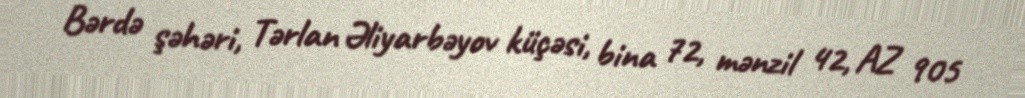
Bərdə şəhəri, Tərlan Əliyarbəyov küçəsi, bina 72, mənzil 42, AZ 905